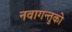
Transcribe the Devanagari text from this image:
नवागन्तुको